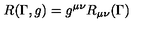
R ( \Gamma , g ) = g ^ { \mu \nu } R _ { \mu \nu } ( \Gamma )